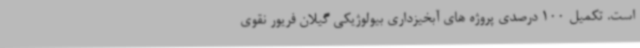
است. تکمیل 100 درصدی پروژه های آبخیزداری بیولوژیکی گیلان فریور نقوی